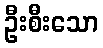
ဦးစီးသော